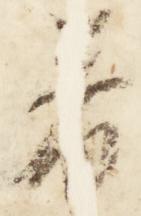
着